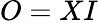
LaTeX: O=XI